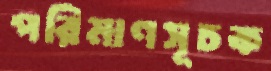
পরিমাণসূচক